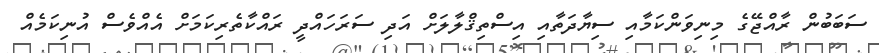
ސަބަބުން ރާއްޖޭގެ މިނިވަންކަމާއި ސިޔާދަތާއި އިސްތިޤްލާލަށް އަދި ސަރަހައްދީ ރައްކާތެރިކަމަށް އެއްވެސް އުނިކަމެއް